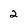
Character: 2